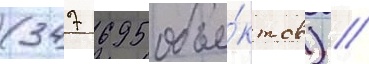
(347 695 объе́ктов) //